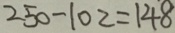
2 5 0 - 1 0 2 = 1 4 8